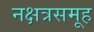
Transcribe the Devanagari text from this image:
नक्षत्रसमूह